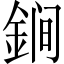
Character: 𲇏